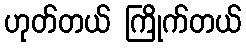
ဟုတ်တယ် ကြိုက်တယ်